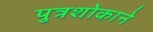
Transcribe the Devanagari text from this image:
पुत्रशोकाने